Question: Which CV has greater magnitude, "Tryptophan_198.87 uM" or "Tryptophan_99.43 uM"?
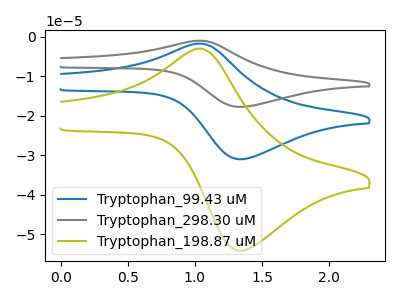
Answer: <think>The blue curve "Tryptophan_99.43 uM" has an anodic peak at (1.00V, -1.70uA) and a cathodic peak at (1.35V, -30.95uA). The gray curve "Tryptophan_298.30 uM" has an anodic peak at (1.00V, -3.45uA) and a cathodic peak at (1.35V, -61.90uA). The olive curve "Tryptophan_198.87 uM" has an anodic peak at (1.00V, -3.00uA) and a cathodic peak at (1.35V, -54.10uA).
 All the peaks in "Tryptophan_198.87 uM" have a peak in "Tryptophan_99.43 uM" at the same potential.</think>
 <answer>I cant tell if "Tryptophan_198.87 uM" or "Tryptophan_99.43 uM" has more signal.</answer>
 <eval>mixed_signal</eval>